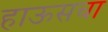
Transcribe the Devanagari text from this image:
हाऊसचा